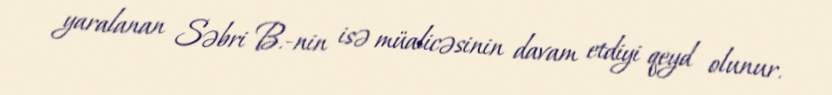
yaralanan Səbri B.-nin isə müalicəsinin davam etdiyi qeyd olunur.